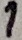
Text: 1